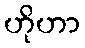
ဟိုဟာ